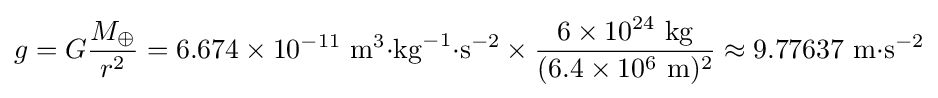
g=G{\frac {M_{\oplus }}{r^{2}}}=6.674\times 10^{-11}\ \mathrm {{m}^{3}{\cdot }{kg}^{-1}{\cdot }{s}^{-2}} \times {\frac {6\times 10^{24}\ \mathrm {kg} }{(6.4\times 10^{6}\ \mathrm {m} )^{2}}}\approx 9.77637\ \mathrm {{m}{\cdot }{s}^{-2}}